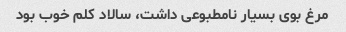
مرغ بوی بسیار نامطبوعی داشت، سالاد کلم خوب بود